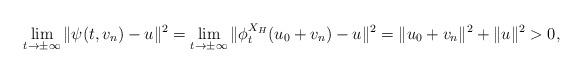
LaTeX: \begin{align*}\lim_{t\rightarrow \pm \infty} \|\psi(t,v_n)-u\|^2 = \lim_{t\rightarrow \pm \infty} \|\phi_t^{X_H}(u_0+v_n)-u\|^2 = \|u_0+v_n\|^2 + \|u\|^2 >0,\end{align*}